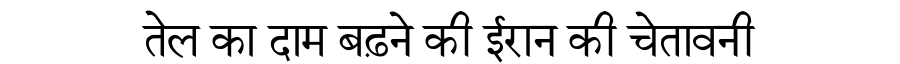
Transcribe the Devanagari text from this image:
तेल का दाम बढ़ने की ईरान की चेतावनी